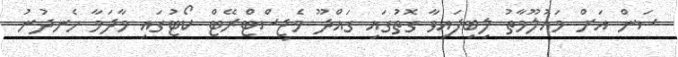
ސަން އަށް މައުލޫމާތު ލިބިފައިވާ ގޮތުގައި ގައްދޫ މެޖިސްޓްރޭޓް ކޯޓުގައި މާދަމާ ހެނދުނު